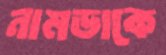
নামডাকে